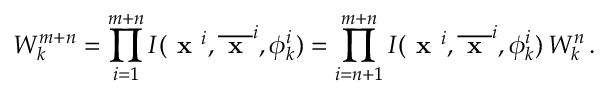
W _ { k } ^ { m + n } = \prod _ { i = 1 } ^ { m + n } I ( \textbf { x } ^ { i } , \overline { { \textbf { x } } } ^ { i } , \phi _ { k } ^ { i } ) = \prod _ { i = n + 1 } ^ { m + n } I ( \textbf { x } ^ { i } , \overline { { \textbf { x } } } ^ { i } , \phi _ { k } ^ { i } ) \, W _ { k } ^ { n } \, .